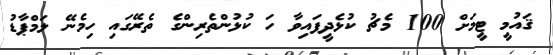
ޤައުމީ ޓީމަށް 100 މެޗު ކުޅެދީފައިވާ ހަ ކުޅުންތެރިންގެ ތެރޭގައި ހިމެނޭ ލަމްޕާޑު